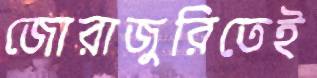
জোরাজুরিতেই